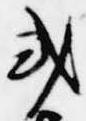
或